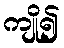
ကျို၍